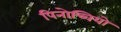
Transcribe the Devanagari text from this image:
पिनोच्चियो